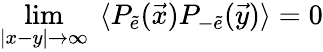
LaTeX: \operatorname*{lim}_{\vert x-y\vert\rightarrow\infty}~\langle P_{\tilde{e}}(\vec{x})P_{-\tilde{e}}(\vec{y})\rangle=0